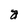
Character: a